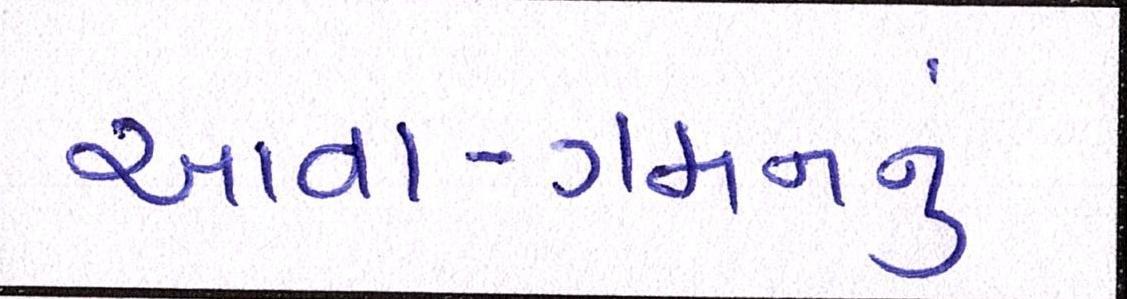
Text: આવા-ગમનનું